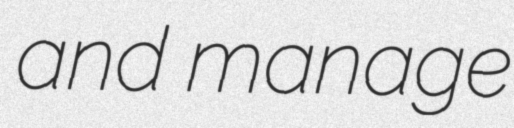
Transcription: and manage